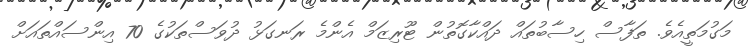
މަގުމަތީއެވެ. ތަފާސް ހިސާބުތައް ދައްކާގޮތުން ޓޫރިޒަމް އެންމެ ރަނގަޅު ދުވަސްތަކުގެ 70 އިންސައްތައަށް